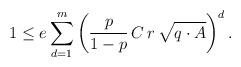
LaTeX: \begin{align*} 1 \leq e \sum_{d=1}^m \left( \frac{p}{1-p} \, C \, r \, \sqrt{q \cdot A} \right)^d . \end{align*}